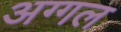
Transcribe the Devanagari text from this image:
अग्गल